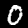
Digit: 0